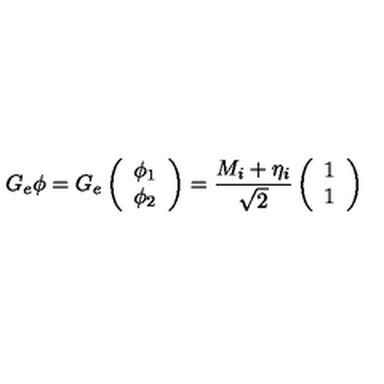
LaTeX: G _ { e } \phi = G _ { e } \left( \begin{array} { c } { \phi _ { 1 } } \\ { \phi _ { 2 } } \\ \end{array} \right) = \frac { M _ { i } + \eta _ { i } } { \sqrt { 2 } } \left( \begin{array} { c } { 1 } \\ { 1 } \\ \end{array} \right)